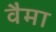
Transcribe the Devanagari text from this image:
वैमा